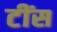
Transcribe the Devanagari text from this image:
टींस